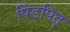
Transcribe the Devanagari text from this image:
पिंडपितृ